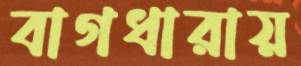
বাগধারায়